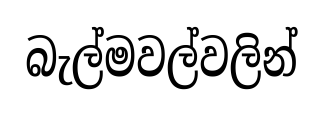
බැල්මවල්වලින්